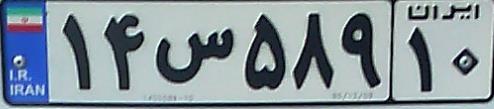
۱۴س۵۸۹۱۰